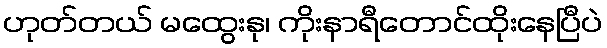
ဟုတ်တယ် မထွေးနု၊ ကိုးနာရီတောင်ထိုးနေပြီပဲ